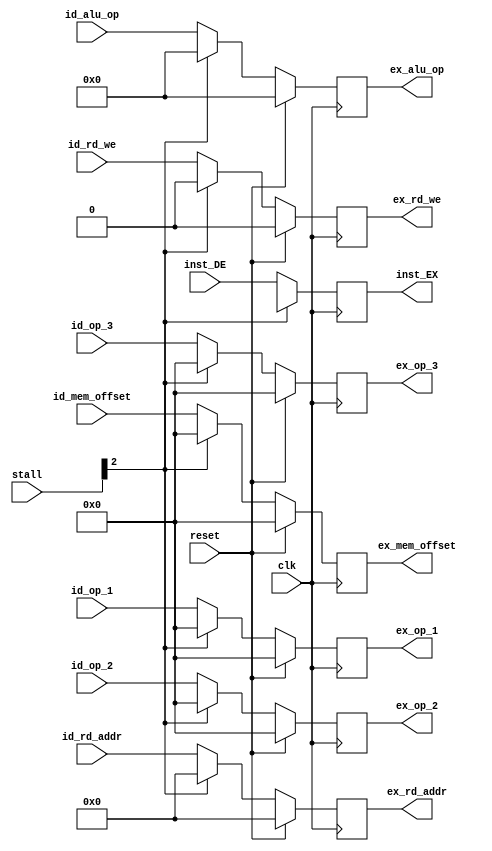
`timescale 1ns / 1ps
//////////////////////////////////////////////////////////////////////////////////
// Company: 
// Engineer: 
// 
// Design Name: 
// Module Name: reg_ID_EX
// Project Name: 
// Target Devices: 
// Tool Versions: 
// Description: 
// 
// Dependencies: 
// 
// Revision:
// Revision 0.01 - File Created
// Additional Comments:
// 
//////////////////////////////////////////////////////////////////////////////////


module reg_ID_EX(
    input clk,
    input reset,
    
    input [31:0] inst_DE,
    
    input [4:0] stall,

    input [31:0] id_op_1, // output to ALU rs1
    input [31:0] id_op_2, // output to ALU rs2
    input [31:0] id_op_3, // output to ALU rs2
    input [3:0] id_alu_op,

    input [4:0] id_rd_addr, // Only passes through EX for WB stage
    input id_rd_we,
    input [31:0] id_mem_offset,


    output reg [31:0] ex_op_1, // output to ALU rs1
    output reg [31:0] ex_op_2, // output to ALU rs2
    output reg [31:0] ex_op_3, // output to ALU rs2
    output reg [3:0] ex_alu_op,

    output reg [4:0] ex_rd_addr, // Only passes through EX for WB stage
    output reg ex_rd_we,
    output reg [31:0] ex_mem_offset,
    
    output reg [31:0] inst_EX
    );

    always @(posedge clk) begin
        if(reset == 1)begin
            ex_alu_op <= 0;
            ex_op_1 <= 0;
            ex_op_2 <= 0;
            ex_op_3 <= 0;
            
            ex_rd_addr <= 0;
            ex_rd_we <= 0;
            ex_mem_offset <= 0;
        end
        else if(stall[2] == 1) begin
            ex_alu_op <= 0;
            ex_op_1 <= 0;
            ex_op_2 <= 0;
            ex_op_3 <= 0;
            
            ex_rd_addr <= 0;
            ex_rd_we <= 0;
            ex_mem_offset <= 0;
        end
        else begin // Introduce stalling 
            ex_op_1 <= id_op_1;
            ex_op_2 <= id_op_2;
            ex_op_3 <= id_op_3;
            ex_alu_op <= id_alu_op;

            ex_rd_addr <= id_rd_addr;
            ex_rd_we <= id_rd_we;
            ex_mem_offset <= id_mem_offset;
        end
    end
    
    always @(posedge clk) begin
        if(stall[2] == 1) begin
            inst_EX <= 32'bx;
        end
        else begin
            inst_EX <= inst_DE; 
        end
    end

endmodule